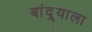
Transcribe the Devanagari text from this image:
बांद्र्याला